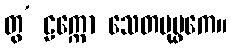
တွ’ ဠက္ကော သေတပုပ္ဖကေ။